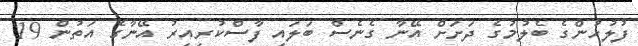
ފުލުހުންގެ ބެލުމުގެ ދަށަށް އޭނާ ގެނެސް ބަލައި ފާސްކުރިއިރު އޭނާގެ އަތުން 19